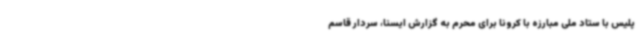
پلیس با ستاد ملی مبارزه با کرونا برای محرم به گزارش ایسنا، سردار قاسم